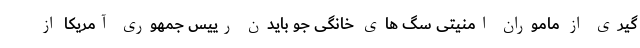
گیری از ماموران امنیتی سگ های خانگی جو بایدن رییس جمهوری آمریکا از